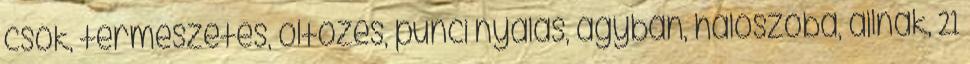
csók, természetes, öltözés, punci nyalás, ágyban, háloszoba, állnak, 21